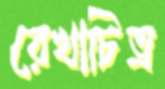
রেখাচিত্র